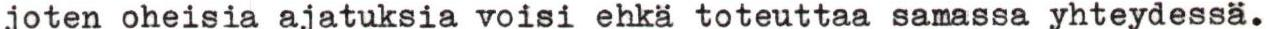
joten oheisia ajatuksia voisi ehkä toteuttaa samassa yhteydessä.